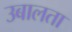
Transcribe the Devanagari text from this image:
उबालता